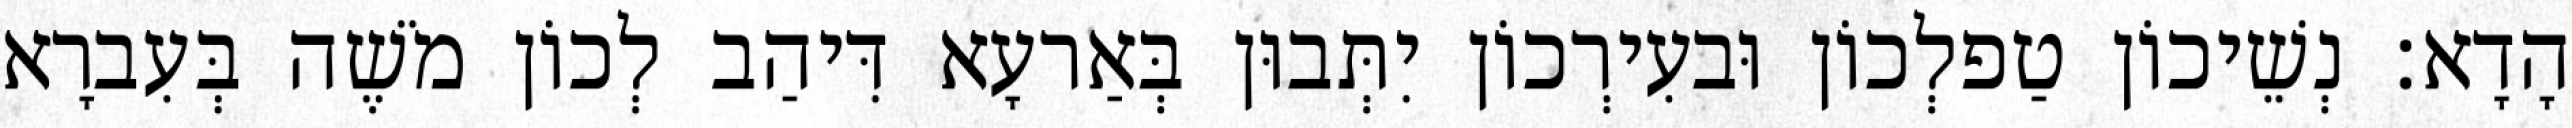
הָדָא׃ נְשֵׁיכוֹן טַפלְכוֹן וּבעִירְכוֹן יִתְּבוּן בְּאַרעָא דִּיהַב לְכוֹן מֹשֶׁה בְּעִברָא